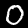
Digit: 0